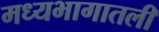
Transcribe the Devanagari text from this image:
मध्यभागातली